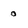
Character: o